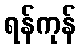
ရန်ကုန်